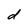
Character: d